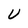
Character: U